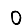
Digit: 0